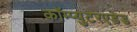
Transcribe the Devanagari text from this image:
कॉम्प्युटरएडेड